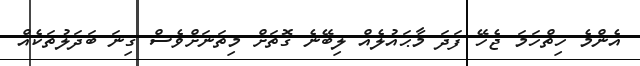
އެންމެ ހިތްހަމަ ޖެހޭ ފަދަ މާޙައުލެއް ލިބޭނެ ގޮތަށް މިތަނަށްވެސް ގިނަ ބަދަލުތަކެއް